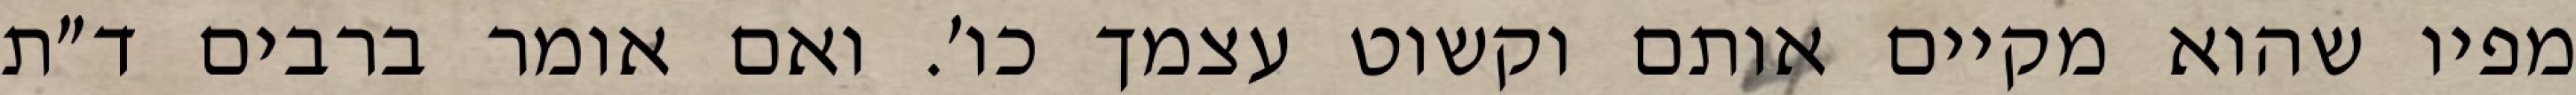
מפיו שהוא מקיים אותם וקשוט עצמך כו׳. ואם אומר ברבים ד״ת